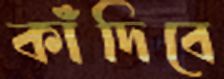
কাঁদিবে